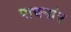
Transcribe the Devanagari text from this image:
पाचनांत्र